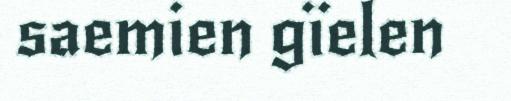
saemien gïelen